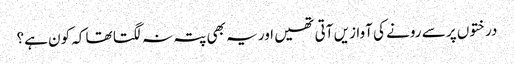
درختوں پر سے رونے کی آوازیں آتی تھیں اور یہ بھی پتہ نہ لگتا تھا کہ کون ہے؟